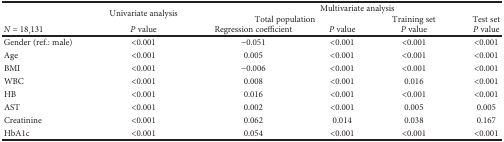
| <ROWSPAN=2>  | <ROWSPAN=2> Univariate analysis | <COLSPAN=4> Multivariate analysis |
 | <COLSPAN=2> Total population | Training set | Test set |
 | N = 18,131 | P value | Regression coefficient | P value | P value | P value |
 | --- | --- | --- | --- | --- | --- |
 | Gender (ref.: male) | <0.001 | −0.051 | <0.001 | <0.001 | <0.001 |
 | Age | <0.001 | 0.005 | <0.001 | <0.001 | <0.001 |
 | BMI | <0.001 | −0.006 | <0.001 | <0.001 | <0.001 |
 | WBC | <0.001 | 0.008 | <0.001 | 0.016 | <0.001 |
 | HB | <0.001 | 0.016 | <0.001 | <0.001 | <0.001 |
 | AST | <0.001 | 0.002 | <0.001 | 0.005 | 0.005 |
 | Creatinine | <0.001 | 0.062 | 0.014 | 0.038 | 0.167 |
 | HbA1c | <0.001 | 0.054 | <0.001 | <0.001 | <0.001 |